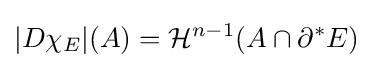
|D\chi _{E}|(A)={\mathcal {H}}^{n-1}(A\cap \partial ^{*}E)